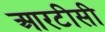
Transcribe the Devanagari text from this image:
आरटीसी